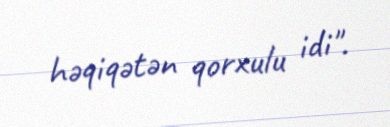
həqiqətən qorxulu idi".